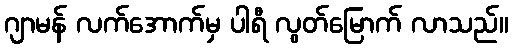
ဂျာမန် လက်အောက်မှ ပါရီ လွတ်မြောက် လာသည်။